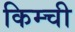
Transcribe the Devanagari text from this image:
किम्ची